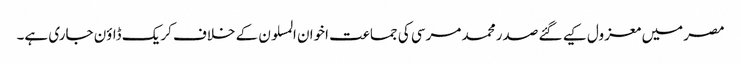
مصر میں معزول کیے گئے صدر محمد مرسی کی جماعت اخوان المسلون کے خلاف کریک ڈاؤن جاری ہے۔